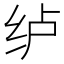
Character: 𮉡